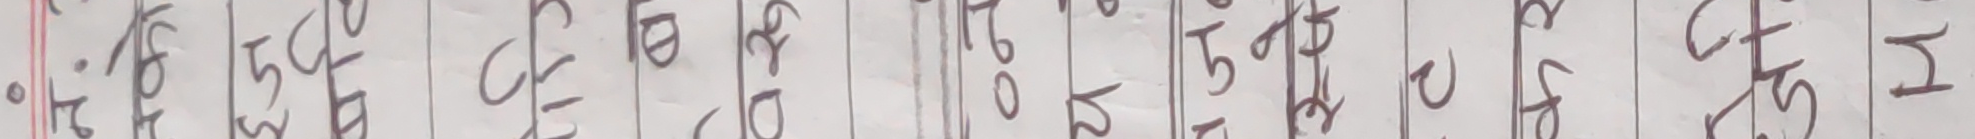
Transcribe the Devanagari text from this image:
२५ देखि ५० सम्मको लागि